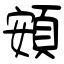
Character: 頞